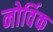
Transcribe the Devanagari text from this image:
नोर्विक